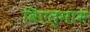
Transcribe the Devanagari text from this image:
विएत्नाम